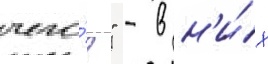
чего́?" - в н'и́х